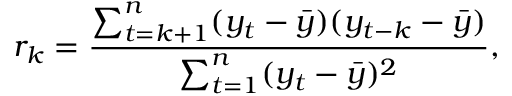
r _ { k } = \frac { \sum _ { t = k + 1 } ^ { n } ( y _ { t } - \bar { y } ) ( y _ { t - k } - \bar { y } ) } { \sum _ { t = 1 } ^ { n } ( y _ { t } - \bar { y } ) ^ { 2 } } ,